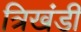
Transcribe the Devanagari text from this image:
त्रिखंडी